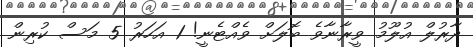
ދާރުލް އުލޫމު ވީރާނާވެ ބޮލަށް ވެއްޓެނީ! 1 އަހަރު 5 މަސް ކުރިން